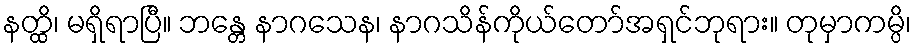
နတ္ထိ၊ မရှိရာပြီ။ ဘန္တေ နာဂသေန၊ နာဂသိန်ကိုယ်တော်အရှင်ဘုရား။ တုမှာကမ္ပိ၊